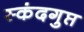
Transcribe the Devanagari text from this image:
स्‍कंदगुप्त